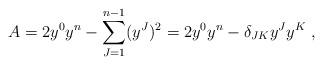
LaTeX: \begin{align*} A=2 y^0 y^n-\sum^{n-1}_{J=1}(y^J)^2=2 y^0 y^n-\delta_{JK}y^J y^K\;,\end{align*}